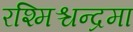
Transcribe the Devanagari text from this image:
रश्मिश्चन्द्रमा